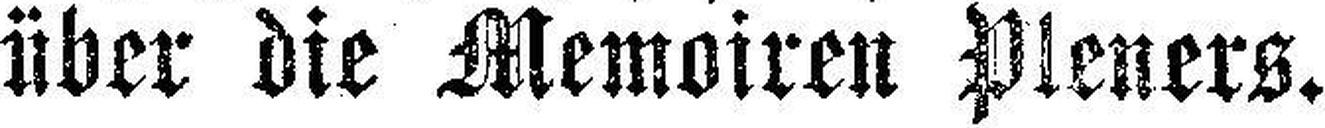
über die Memoiren Pleners.